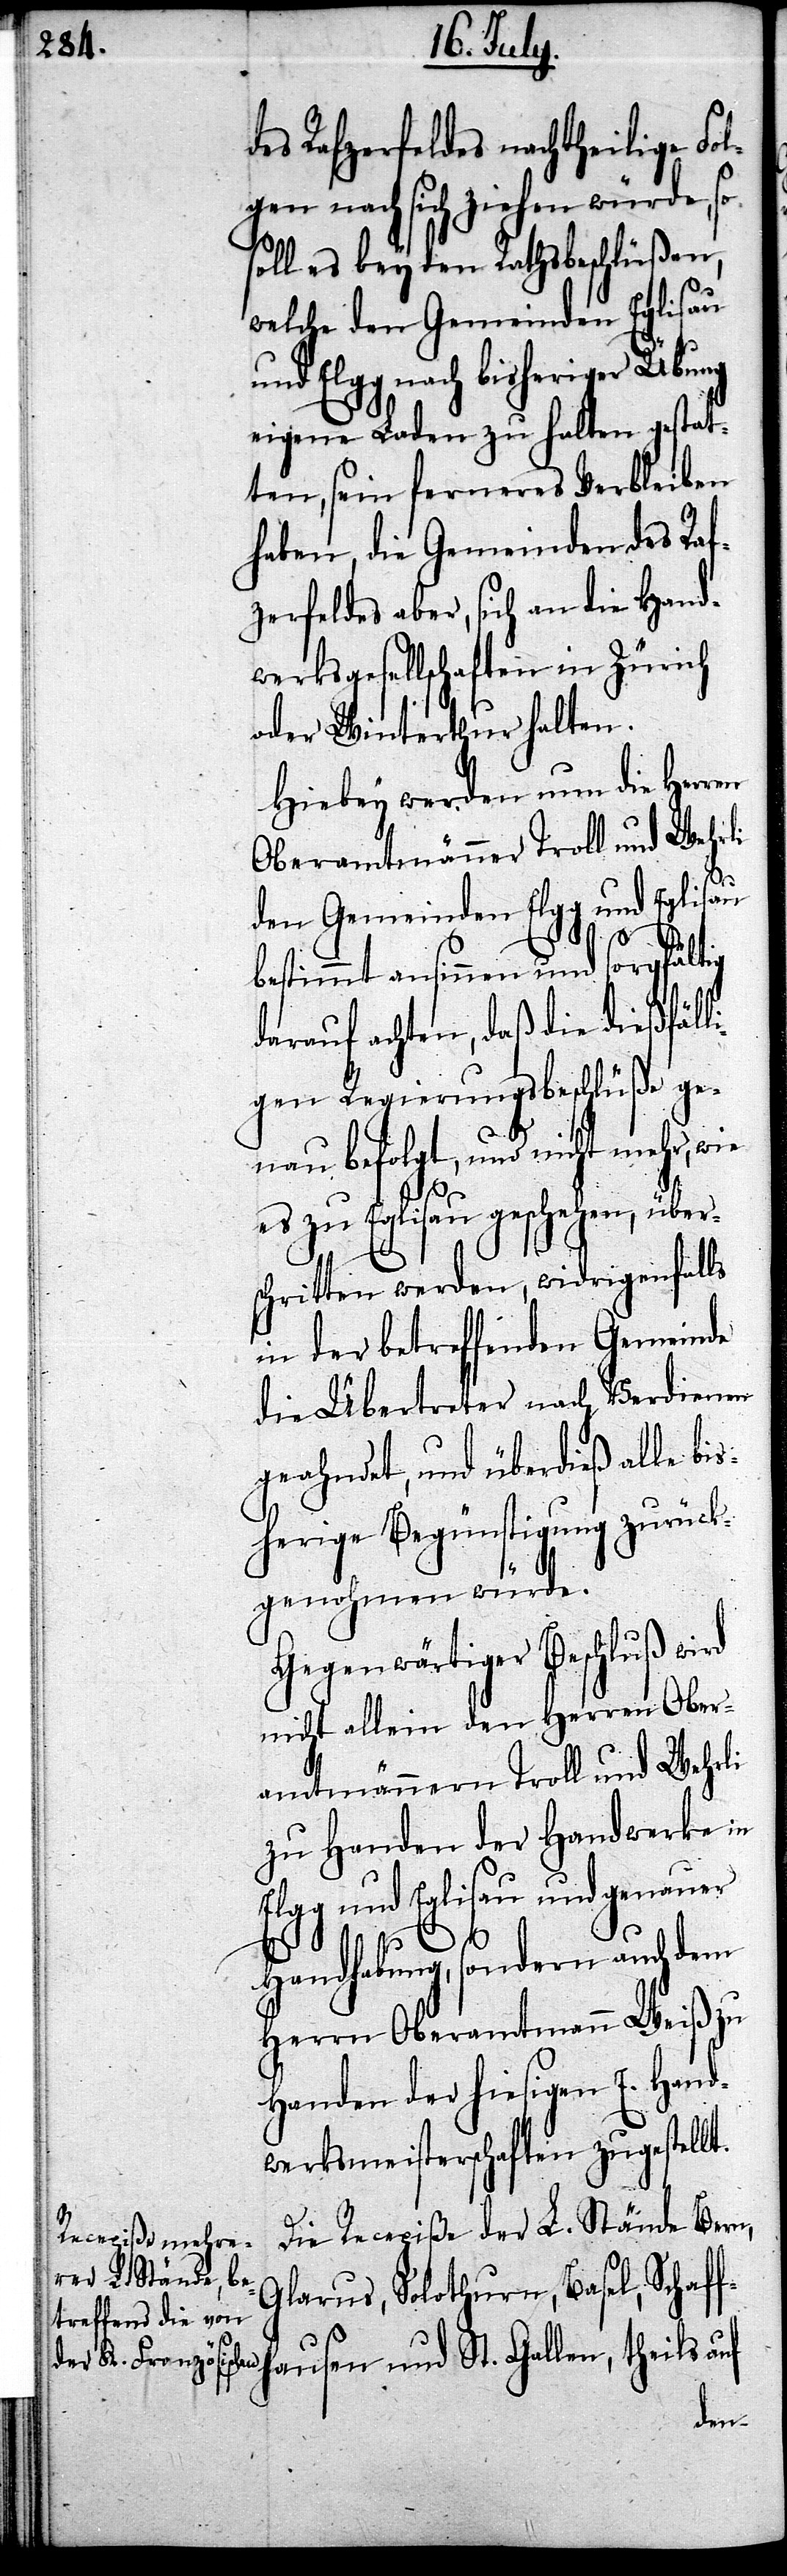
des Rafzerfeldes nachtheilige Fol¬
gen nach sich ziehen würde, so
solle es bey den Rathsbeschlüßen,
welche den Gemeinden Eglisau
und Elgg nach bisheriger Übung
eigene Laden zu halten gestat¬
ten, sein ferneres Verbleiben
haben, die Gemeinden des Raf¬
zerfeldes aber, sich an die Handw¬
erksgesellschaften in Zürich
oder Winterthur halten.
Hinbey werden nun die Herren
Oberamtmänner Troll und Wehrli
den Gemeinden Elgg und Eglisau
f¬
bestimmt ansinnen und sorgfältig
darauf achten, daß die dießfälli¬
gen Regierungsbeschlüße ge¬
nau befolgt, und nicht mehr, wie
es zu Eglisau geschehen, über¬
schritten werden, widrigenfalls
in der betreffenden Gemeinde
die Übertreter nach Verdienen
geahndet, und überdieß alle bis¬
herige Begünstigung zurück¬
genohmen würde.
Gegenwärtiger Beschluß wird
nicht allein den Herren Ober¬
amtmännern Troll und Wehrli
zu Handen der Handwerke in
Elgg und Eglisau und genauer
Handhabung, sondern auch dem
Herrn Oberamtmann Weiß zu
Handen der hiesigen E. Hand¬
werksmeisterschaften zugestell¬
Die Recepiße der L. Stände Bern,
Glarus, Solothurn, Basel, Schaf¬
hausen und St. Gallen, theils auf